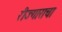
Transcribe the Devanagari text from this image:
रीज्गाराचा